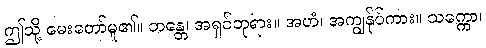
ဤသို့ မေးတော်မူ၏။ ဘန္တေ၊ အရှင်ဘုရား။ အဟံ၊ အကျွန်ုပ်ကား။ သက္ကော၊